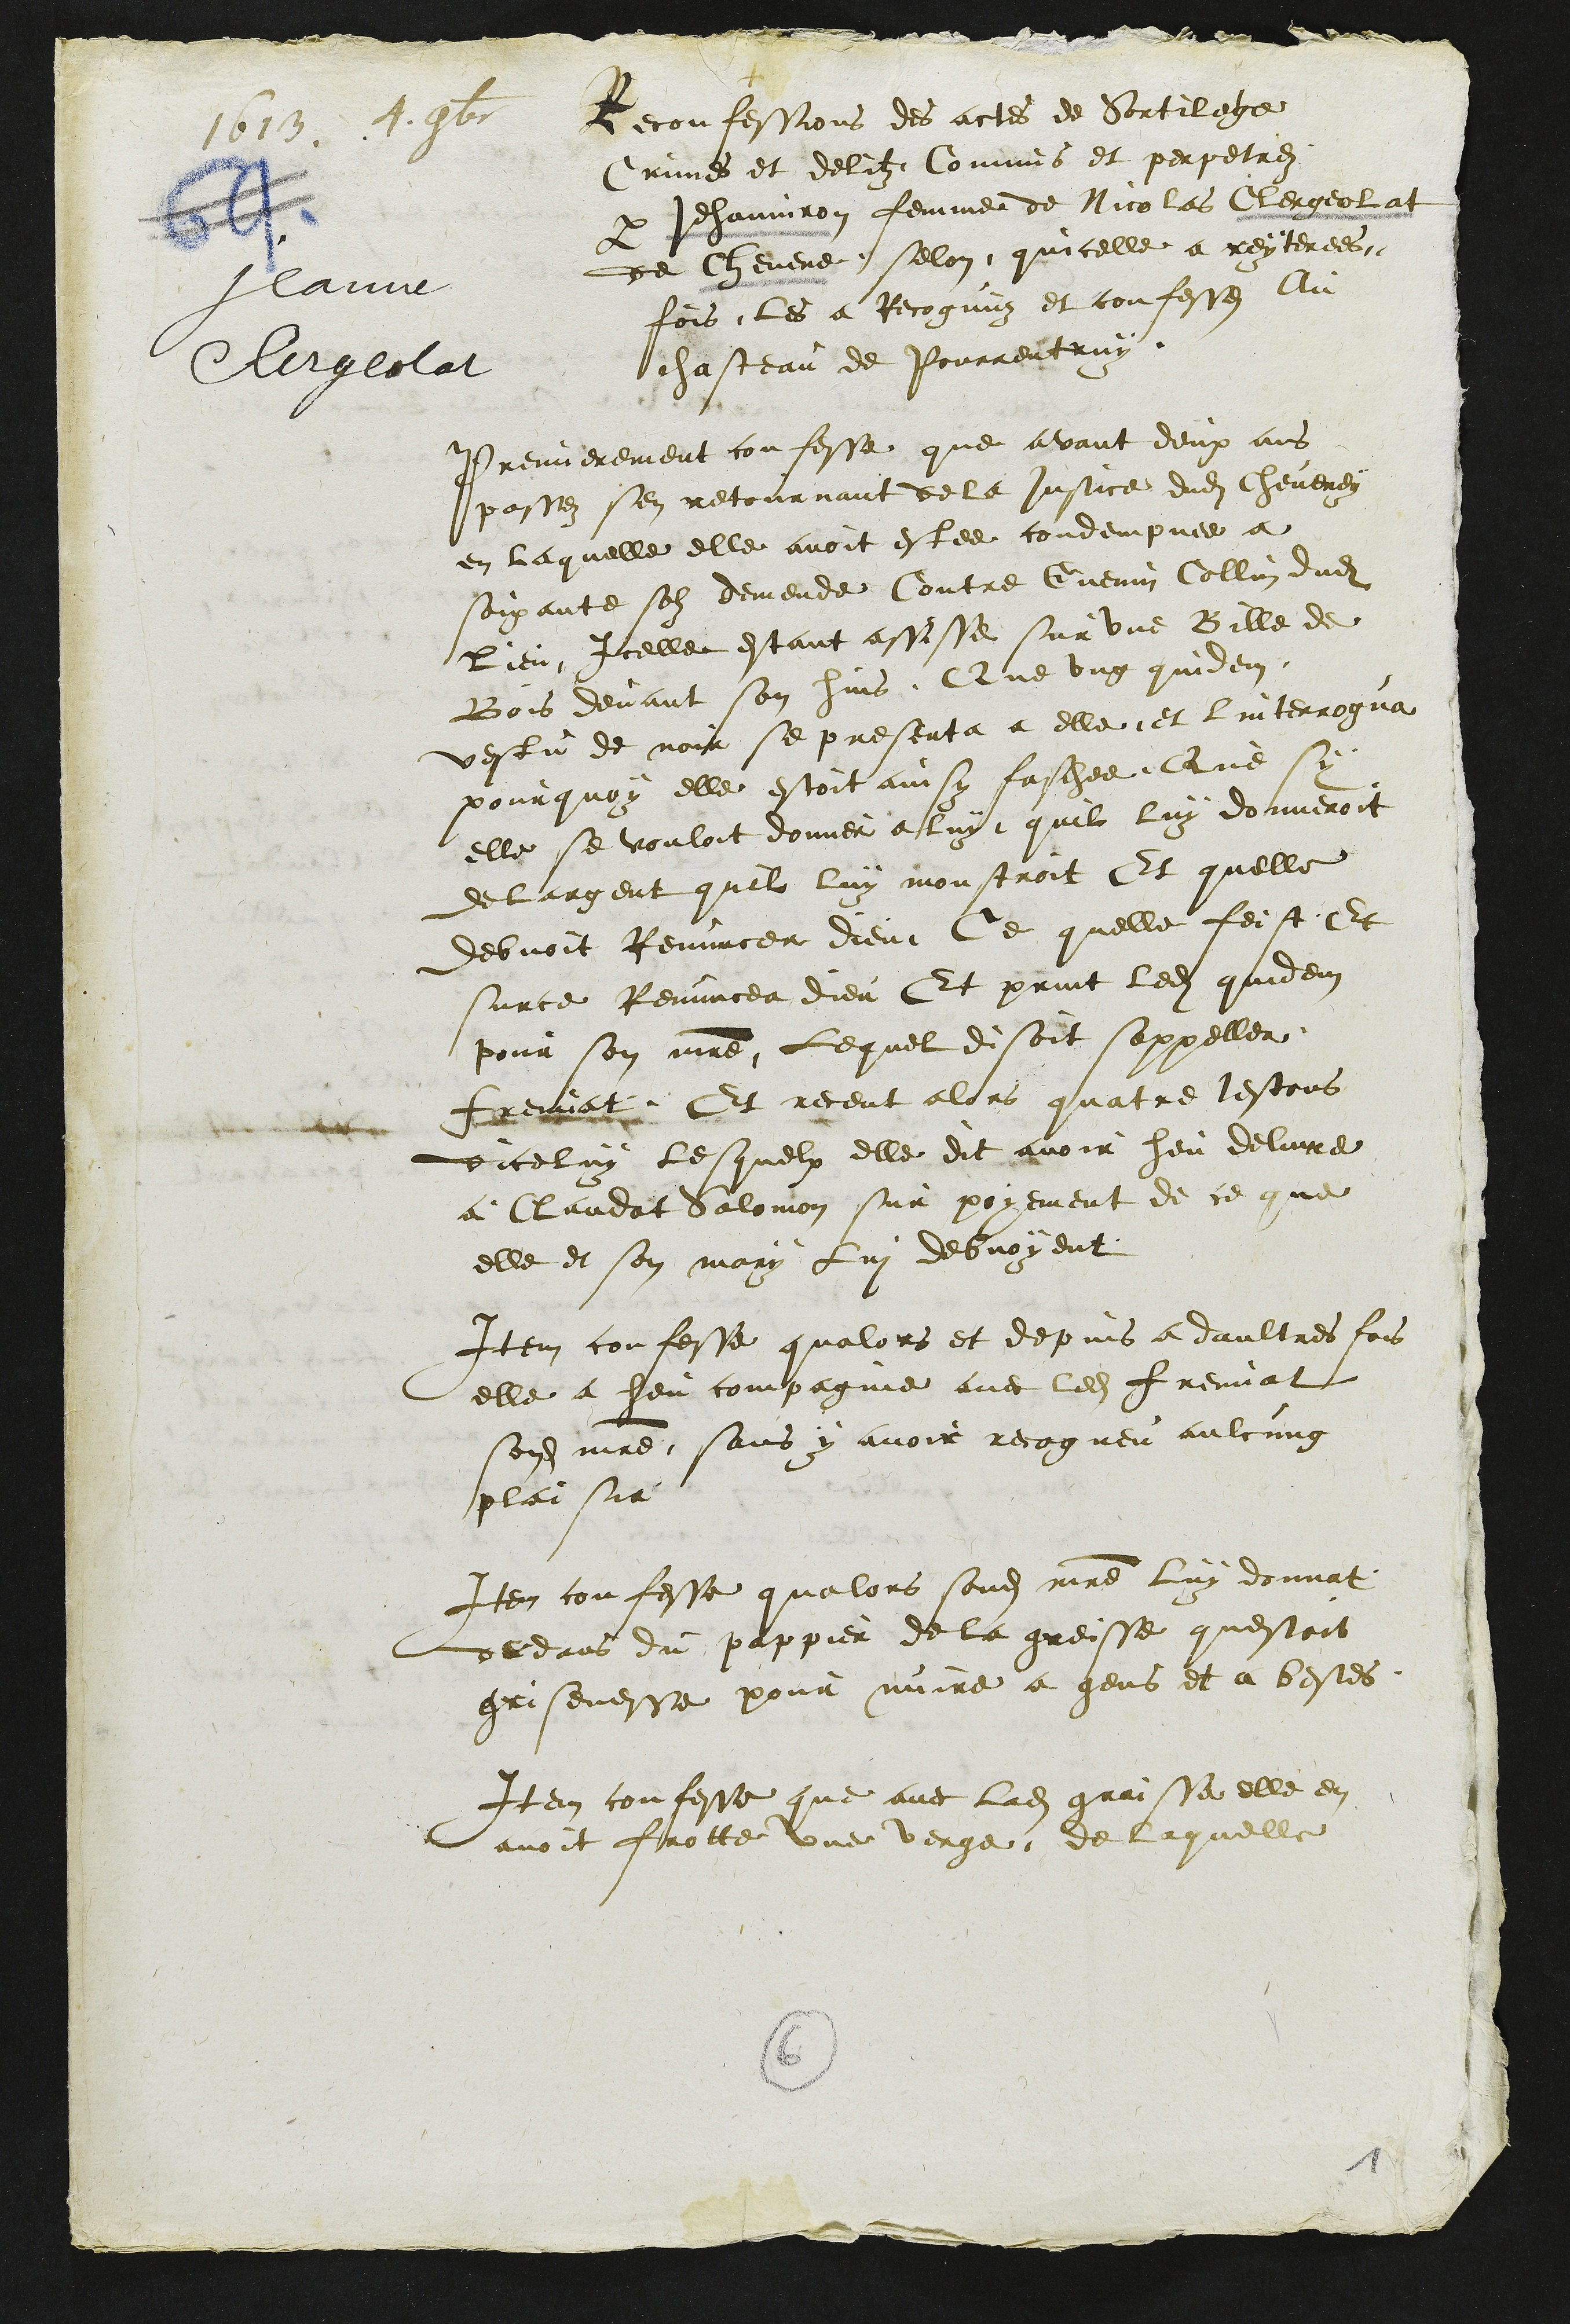
1613. 4
Jeanne
Clergeolat
Reconfessions des actes de Sortilege
Crimes et delitz Commis et perpetres
par Jehanniron femme de Nicolas Cergeolat
de Chevene selon quicelle a reyterees
fois les a Recognuz et confesses au
chasteau de Pourrentruy
Premierement confesse que avant deux ans
passes sen retournant de la justice dudit cheveney
en laquelle elle avoit estee condempnee a
soixante solz demende Contre Guenin Collin dudit
Lieu Icelle estant assisse sur une Bille de
Bois devant son huis Que ung quidem
vestu de noir se presenta a elle et interrogue
pourquoy elle estoit ainsy faschee Que sy
elle se vouloit donner a luy quil luy donneroit
de largent quil luy monstroit Et quelle
debvoit Renuncer dieu Ce quelle feist Et
surce Renuncea dieu Et print ledit quidem
pour son maitre Lequel disoit sappeller
treuvat Et receut alors quatre lestons
diceluy lesquelx elle dit avoir heu delivre
a Claudat Saloinon sur poyement de ce que
elle et son mary Lui debvoyent
Item confesse qualors et depuis a daultres fois
elle a heu compagnie avec ledit freuvat
sondit maitre sans y avoir recogneu aulcung
plaisir
Item confesse qualors sondit maitre luy donnat
dedans du pappier de la graisse questoit
grisenesse pour nuire a gens et a bestes
Item confesse que avec ladite graisse elle en
avoit frotte une verge de laquelle